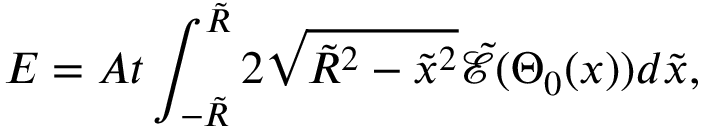
E = A t \int _ { - \tilde { R } } ^ { \tilde { R } } 2 \sqrt { \tilde { R } ^ { 2 } - \tilde { x } ^ { 2 } } \tilde { \mathcal { E } } ( \Theta _ { 0 } ( x ) ) d \tilde { x } ,